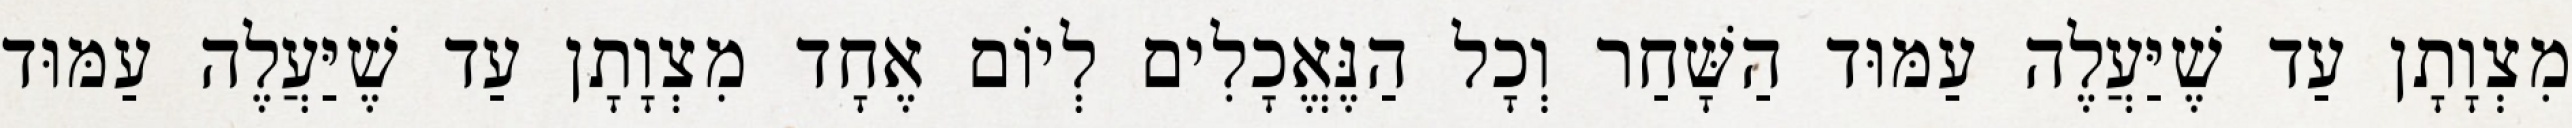
מִצְוָתָן עַד שֶׁיַּעֲלֶה עַמּוּד הַשָּׁחַר וְכָל הַנֶּאֱכָלִים לְיוֹם אֶחָד מִצְוָתָן עַד שֶׁיַּעֲלֶה עַמּוּד